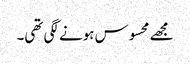
مجھے محسوس ہونے لگی تھی۔